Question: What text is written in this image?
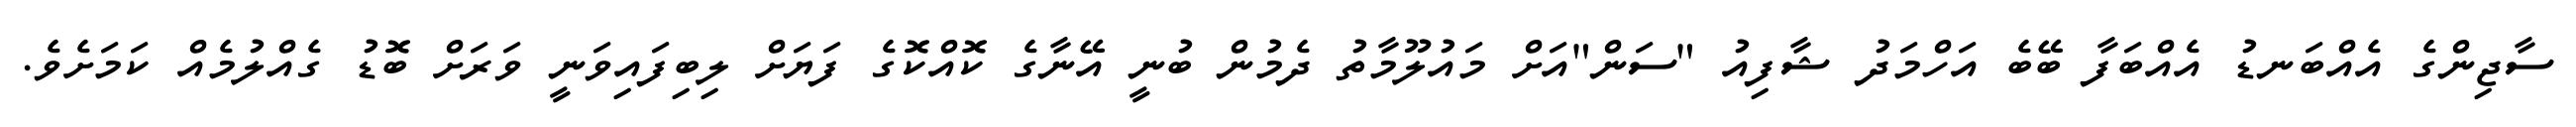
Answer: ސާޖިންގެ އެއްބަނޑު އެއްބަފާ ބޭބެ އަހްމަދު ޝާފިއު "ސަން"އަށް މައުލޫމާތު ދެމުން ބުނީ އޭނާގެ ކޮއްކޮގެ ފަޔަށް ލިބިފައިވަނީ ވަރަށް ބޮޑު ގެއްލުމެއް ކަމަށެވެ.